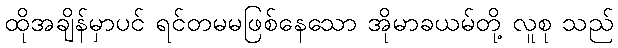
ထိုအချိန်မှာပင် ရင်တမမဖြစ်နေသော အိုမာခယမ်တို့ လူစု သည်